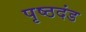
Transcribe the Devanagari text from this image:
पृष्ठदंड